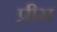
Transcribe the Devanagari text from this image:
प्रीस